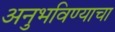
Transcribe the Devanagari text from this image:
अनुभविण्याचा